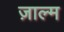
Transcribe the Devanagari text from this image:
ज़ाल्म